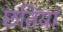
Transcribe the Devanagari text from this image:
छतियां